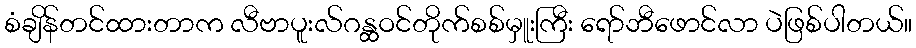
စံချိန်တင်ထားတာက လီဗာပူးလ်ဂန္ထဝင်တိုက်စစ်မှူးကြီး ရော်ဘီဖောင်လာ ပဲဖြစ်ပါတယ်။